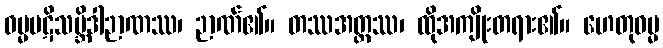
ဓမ္မပဋိသမ္ဘိဒါဉာဏဿ၊ ဉာဏ်၏။ တဿအတ္ထဿ၊ ထိုအကျိုးတရား၏။ ဟေတုဓမ္မ